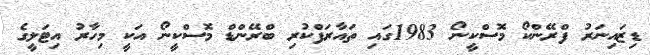
ޑިޒައިނަރު ފްރޭންކޯ މޮސްކީނޯ 1983ގައި ތައާރަފްކުރި ބްރޭންޑް މޮސްކީނޯ އަކީ މިހާރު އިޓަލީގެ